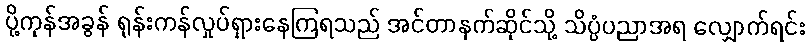
ပို့ကုန်အခွန် ရုန်းကန်လှုပ်ရှားနေကြရသည် အင်တာနက်ဆိုင်သို့ သိပ္ပံပညာအရ လျှောက်ရင်း